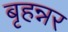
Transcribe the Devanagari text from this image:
बृहन्नर